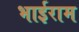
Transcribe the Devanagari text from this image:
भाईराम